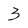
Character: 3